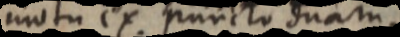
motu ex puncto duam.